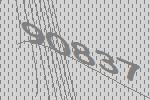
90837